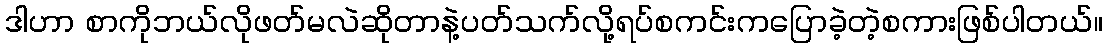
ဒါဟာ စာကိုဘယ်လိုဖတ်မလဲဆိုတာနဲ့ပတ်သက်လို့ရပ်စကင်းကပြောခဲ့တဲ့စကားဖြစ်ပါတယ်။